Veterinary [1904] -
Year: 1904
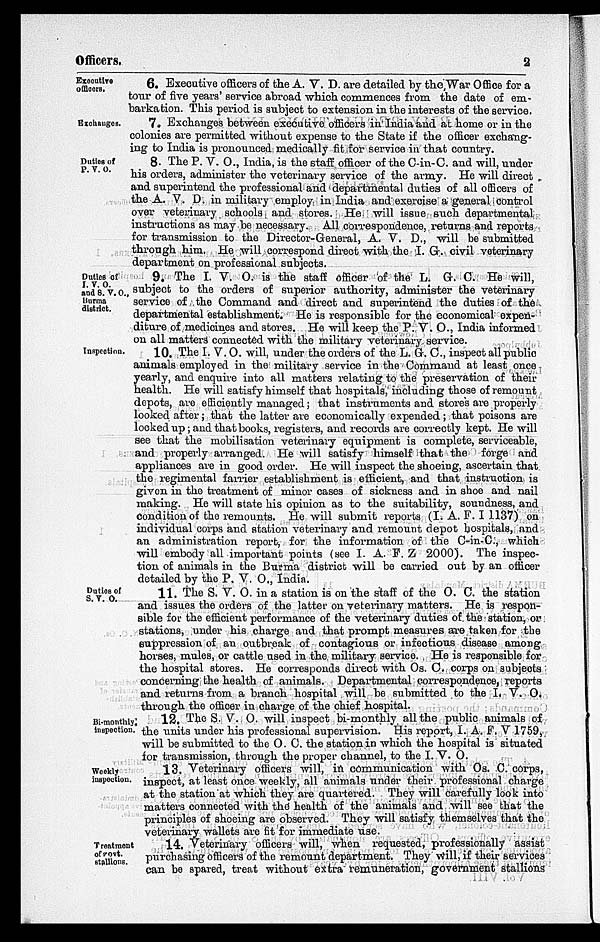
Officers.
2
Exceutive
officers.
6. Executive officers of the A. V. D. are detailed by the War Office for a
tour of five years' service abroad which commences from the date of em-
barkation. This period is subject to extension in the interests of the service.
Exchanges.
7. Exchanges between executive officers in India and at home or in the
colonies are permitted without expense to the State if the officer exchang-
ing to India is pronounced medically fit for service in that country.
Duties of
P. V. O.
8. The P. V. O., India, is the staff officer of the C-in-C. and will, under
his orders, administer the veterinary service of the army. He will direct
and superintend the professional and departmental duties of all officers of
the A. V. D. in military employ in India and exercise a general control
over veterinary schools and stores. He will issue such departmental
instructions as may be necessary. All correspondence, returns and reports
for transmission to the Director-General, A. V. D., will be submitted
through him. He will correspond direct with the I. G. civil veterinary
department on professional subjects.
Duties of
I. V. O.
and S. V. O.,
Burma
district.
9. The I. V. O. is the staff officer of the L. G. C. He will,
subject to the orders of superior authority, administer the veterinary
service of the Command and direct and superintend the duties of the
departmental establishment. He is responsible for the economical expen-
diture of medicines and stores. He will keep the P. V. O., India informed
on all matters connected with the military veterinary service.
Inspection.
10. The I. V. O. will, under the orders of the L. G. C., inspect all public
animals employed in the military service in the Command at least once
yearly, and enquire into all matters relating to the preservation of their
health. He will satisfy himself that hospitals, including those of remount
depots, are efficiently managed; that instruments and stores are properly
looked after; that the latter are economically expended; that poisons are
locked up ; and that books, registers, and records are correctly kept. He will
see that the mobilisation veterinary equipment is complete, serviceable,
and properly arranged. He will satisfy himself that the forge and
appliances are in good order. He will inspect the shoeing, ascertain that
the regimental farrier establishment is efficient, and that instruction is
given in the treatment of minor cases of sickness and in shoe and nail
making. He will state his opinion as to the suitability, soundness, and
Condition of the remounts. He will submit reports (I. A. F. I 1137) on
individual corps and station veterinary and remount depot hospitals, and
an administration report, for the information of the C-in-C., which
will embody all important points (see I. A. F. Z 2000). The inspec-
tion of animals in the Burma district will be carried out by an officer
detailed by the P. V. O., India.
Duties of
S. V. O.
11. The S. V. O. in a station is on the staff of the O. C. the station
and issues the orders of the latter on veterinary matters. He is respon-
sible for the efficient performance of the veterinary duties of the station, or
stations, under his charge and that prompt measures are taken for the
suppression of an outbreak of contagious or infectious disease among
horses, mules, or cattle used in the military service. He is responsible for
the hospital stores. He corresponds direct with Os. C. corps on subjects
concerning the health of animals. Departmental correspondence, reports
and returns from a branch hospital will be submitted to the I. V. O.
through the officer in charge of the chief hospital.
Bi-monthly,
inspection.
12. The S. V. O. will inspect bi-monthly all the public animals of
the units under his professional supervision. His report, I. A. F. V 1759,
will be submitted to the O. C. the station in which the hospital is situated
for transmission, through the proper channel, to the I. V. O.
Weekly
inspection.
13. Veterinary officers will, in communication with Os. C. corps,
inspect, at least once weekly, all animals under their professional charge
at the station at which they are quartered. They will carefully look into
matters connected with the health of the animals and will see that the
principles of shoeing are observed. They will satisfy themselves that the
veterinary wallets are fit for immediate use.
Treatment
of govt.
stallions.
14. Veterinary officers will, when requested, professionally assist
purchasing officers of the remount department. They will, if their services
can be spared, treat without extra remuneration, government stallions"